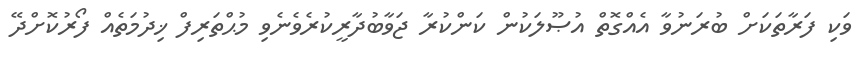
ވަކި ފަރާތަކަށް ބުރަނުވާ އެއްގޮތް އުޞޫލަކުން ކަންކުރާ ޖަވާބުދާރީކުރެވެނެވި މުޙްތަރިފް ޚިދުމަތެއް ފޯރުކޮށްދޭ